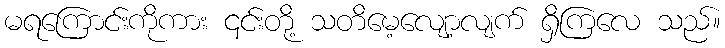
မရကြောင်းကိုကား ၎င်းတို့ သတိမေ့လျော့လျက် ရှိကြလေ သည်။